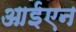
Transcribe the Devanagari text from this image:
आईएन